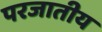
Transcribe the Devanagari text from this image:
परजातीय